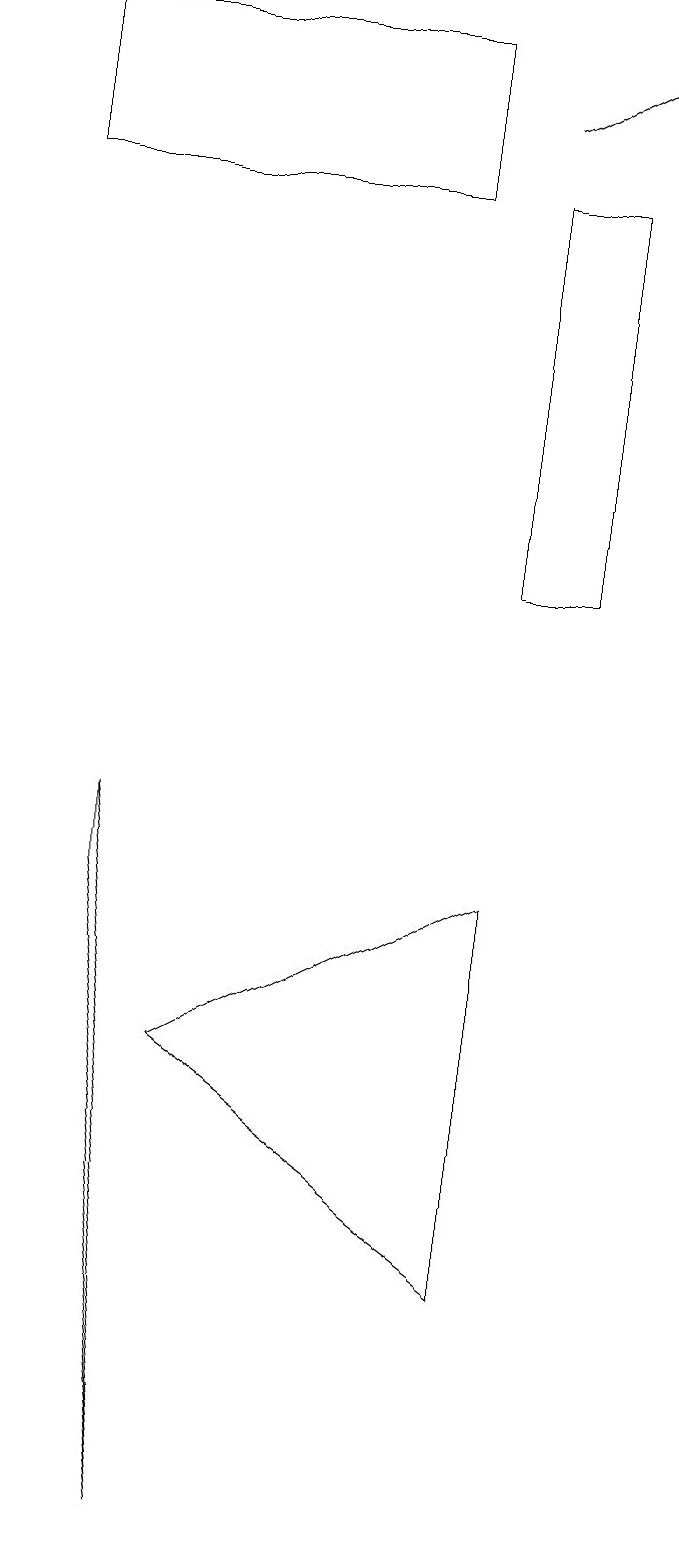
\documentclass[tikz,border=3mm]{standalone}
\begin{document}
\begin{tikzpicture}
\draw (6,8) -- (6,3) -- (2,6) -- cycle;
\draw (5,17) rectangle (0,19);
\draw (6,12) rectangle (7,17);
\draw (1,8) -- (1,9) -- (2,0) -- cycle;
\draw[->] (6,18) -- (8,19);
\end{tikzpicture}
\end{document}